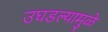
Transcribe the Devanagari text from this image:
उघडल्यामुळे